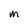
Character: M